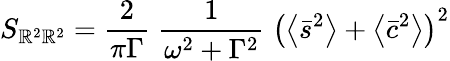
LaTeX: S_{\mathbb{R}^{2}\mathbb{R}^{2}}=\frac{{2}}{{\pi\Gamma}}\; \frac{{1}}{{\omega^{2}+\Gamma^{2}}}\; \left(\left\langle\bar{{s}}^{2}\right\rangle+\left\langle\bar{{c}}^{2}\right\rangle\right)^{2}